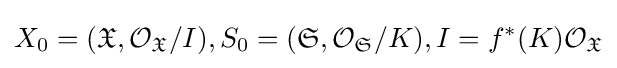
X_{0}=({\mathfrak {X}},{\mathcal {O}}_{\mathfrak {X}}/I),S_{0}=({\mathfrak {S}},{\mathcal {O}}_{\mathfrak {S}}/K),I=f^{*}(K){\mathcal {O}}_{\mathfrak {X}}